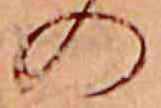
の